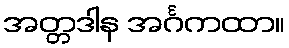
အတ္တဒါန အင်္ဂကထာ။